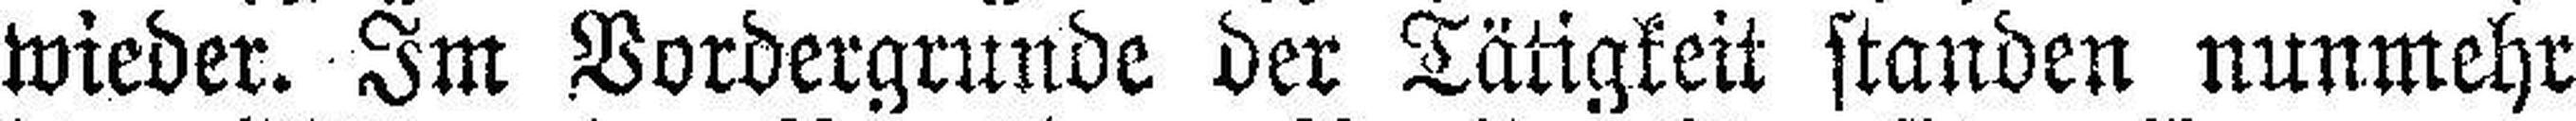
wieder. Im Vordergrunde der Tätigkeit standen nunmehr